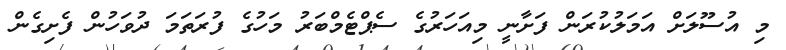
މި އުސޫލަށް އަމަލުކުރަން ފަށާނީ މިއަހަރުގެ ސެޕްޓެމްބަރު މަހުގެ ފުރަތަމަ ދުވަހުން ފެށިގެން